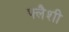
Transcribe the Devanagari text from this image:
फ्लैशी